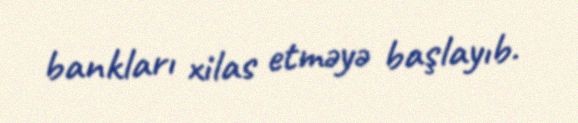
bankları xilas etməyə başlayıb.